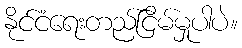
နိုင်ငံရေးတည်ငြိမ်မှုပါပဲ။